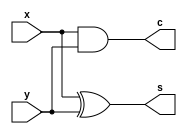
// Half Adder implementation using Verilog
module half_adder(
   input x, y,
   output s, c
);

// continous Assignment
assign s = x ^ y;   // x xor y
assign c = x & y;

// structural
xor sum (s, x, y);
and carry (c, x, y);

endmodule